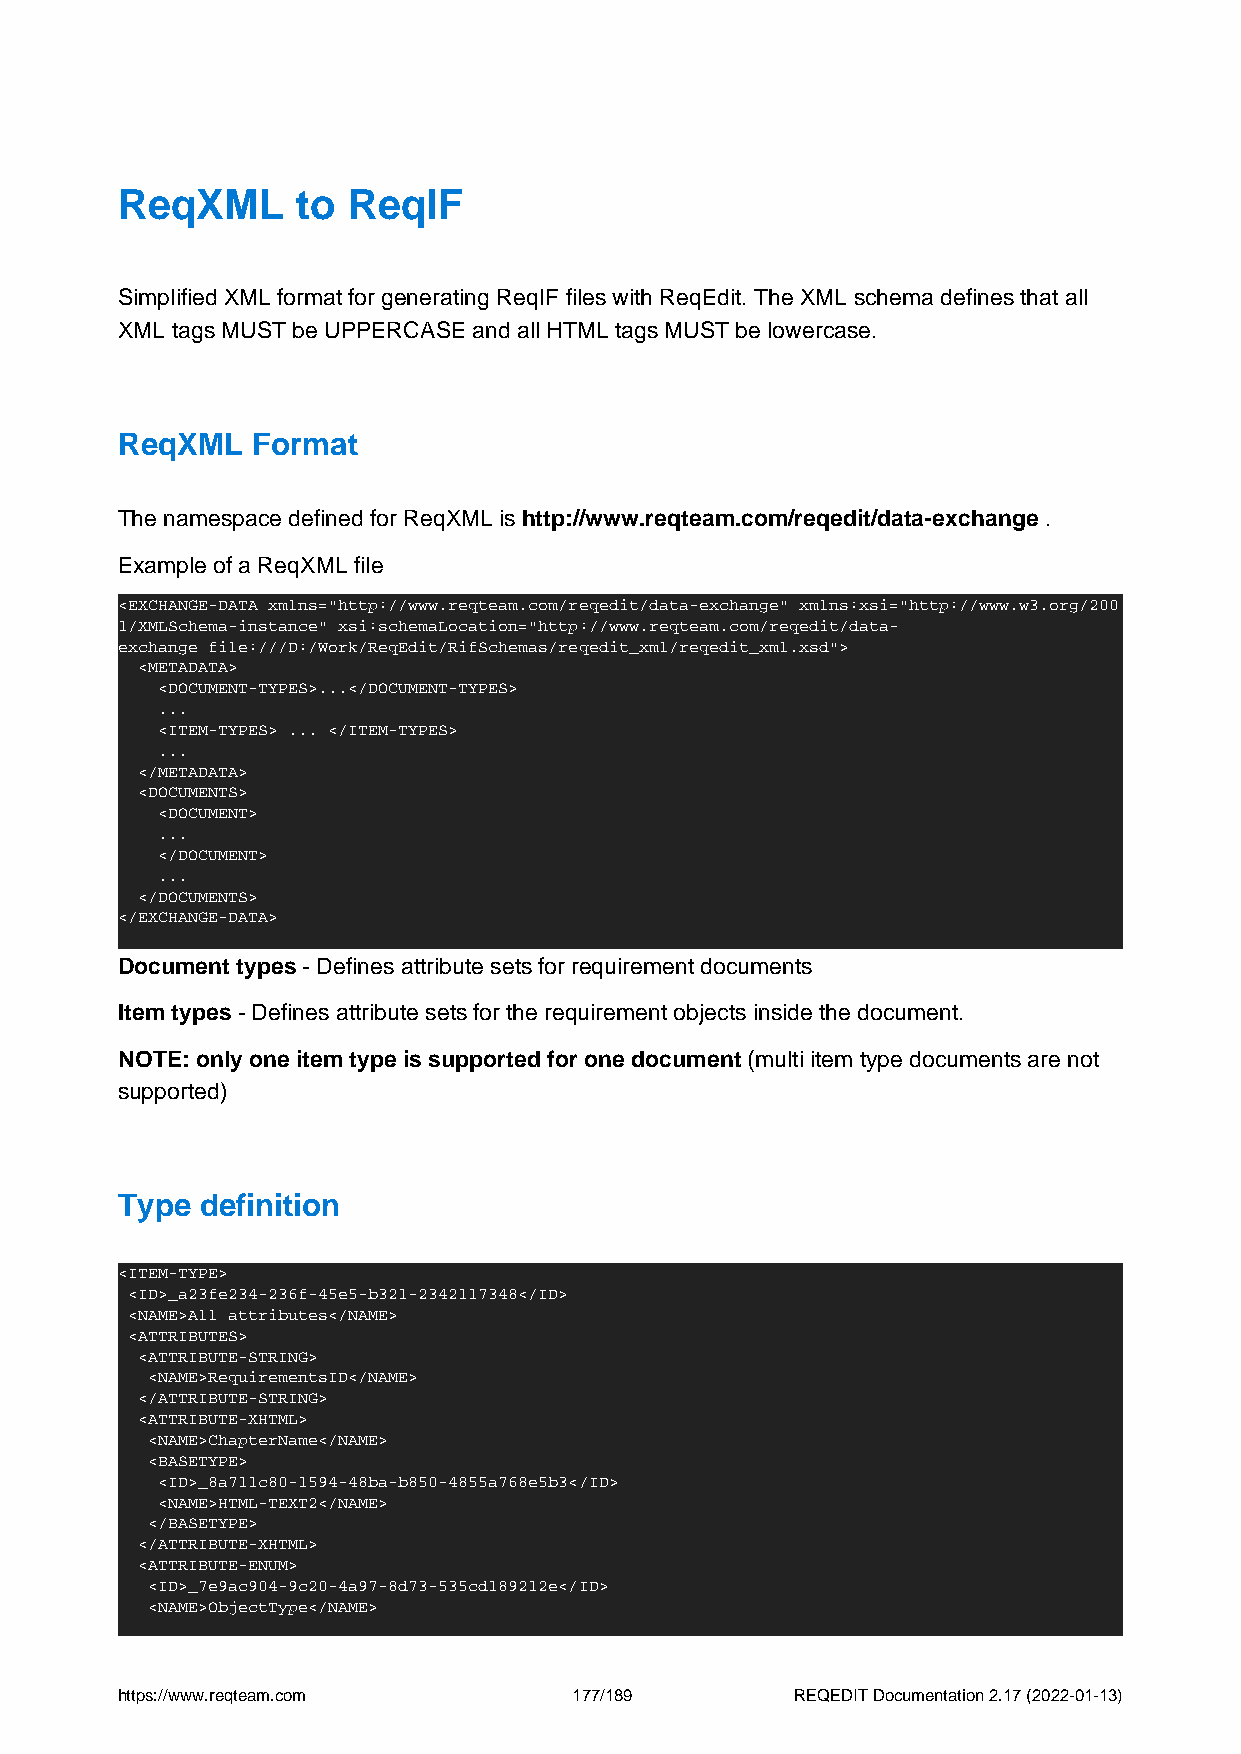
ReqXML      to ReqIF
 Simplified XML format for generating ReqIF files with ReqEdit. The XML schema defines that all
 XML tags MUST be UPPERCASE and all HTML tags MUST be lowercase.
 ReqXML   Format
 The namespace defined for ReqXML is http://www.reqteam.com/reqedit/data-exchange .
 Example of a ReqXML file
 <EXCHANGE-DATA xmlns="http://www.reqteam.com/reqedit/data-exchange" xmlns:xsi="http://www.w3.org/200
 1/XMLSchema-instance" xsi:schemaLocation="http://www.reqteam.com/reqedit/data-
 exchange file:///D:/Work/ReqEdit/RifSchemas/reqedit_xml/reqedit_xml.xsd">
 <METADATA>
 <DOCUMENT-TYPES>...</DOCUMENT-TYPES>
 ...
 <ITEM-TYPES> ... </ITEM-TYPES>
 ...
 </METADATA>
 <DOCUMENTS>
 <DOCUMENT>
 ...
 </DOCUMENT>
 ...
 </DOCUMENTS>
 </EXCHANGE-DATA>
 Document types - Defines attribute sets for requirement documents
 Item types - Defines attribute sets for the requirement objects inside the document.
 NOTE: only one item type is supported for one document (multi item type documents are not
 supported)
 Type definition
 <ITEM-TYPE>
 <ID>_a23fe234-236f-45e5-b321-2342117348</ID>
 <NAME>All attributes</NAME>
 <ATTRIBUTES>
 <ATTRIBUTE-STRING>
 <NAME>RequirementsID</NAME>
 </ATTRIBUTE-STRING>
 <ATTRIBUTE-XHTML>
 <NAME>ChapterName</NAME>
 <BASETYPE>
 <ID>_8a711c80-1594-48ba-b850-4855a768e5b3</ID>
 <NAME>HTML-TEXT2</NAME>
 </BASETYPE>
 </ATTRIBUTE-XHTML>
 <ATTRIBUTE-ENUM>
 <ID>_7e9ac904-9c20-4a97-8d73-535cd189212e</ID>
 <NAME>ObjectType</NAME>
 https://www.reqteam.com       177/189        REQEDIT Documentation 2.17 (2022-01-13)